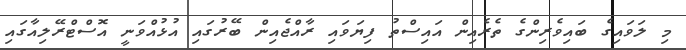
މި ލަވައިގެ ބައިވެރިންގެ ތެރެއިން އައިސްތު ފިޔަވައި ރާއްޖެއިން ބޭރުގައި އުޅުއްވަނީ އޮސްޓްރޭލިއާގައި